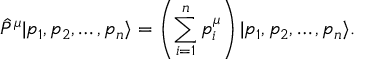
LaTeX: \hat { P } ^ { \mu } | p _ { 1 } , p _ { 2 } , \dots , p _ { n } \rangle = \left( \sum _ { i = 1 } ^ { n } p _ { i } ^ { \mu } \right) | p _ { 1 } , p _ { 2 } , \dots , p _ { n } \rangle .